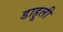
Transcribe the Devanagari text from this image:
डाहूली